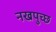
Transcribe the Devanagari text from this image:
नखपुच्छ